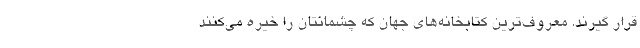
قرار گیرند. معروف‌ترین کتابخانه‌های جهان که چشمانتان را خیره می‌کنند